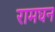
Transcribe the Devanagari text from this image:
रामघन